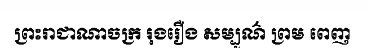
ព្រះរាជាណាចក្រ រុងរឿង សម្បូណ៌ ព្រម ពេញ